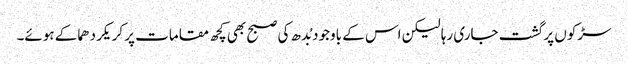
سڑکوں پر گشت جاری رہا لیکن اس کے باوجود بُدھ کی صبح بھی کچھ مقامات پر کریکر دھماکے ہوئے۔